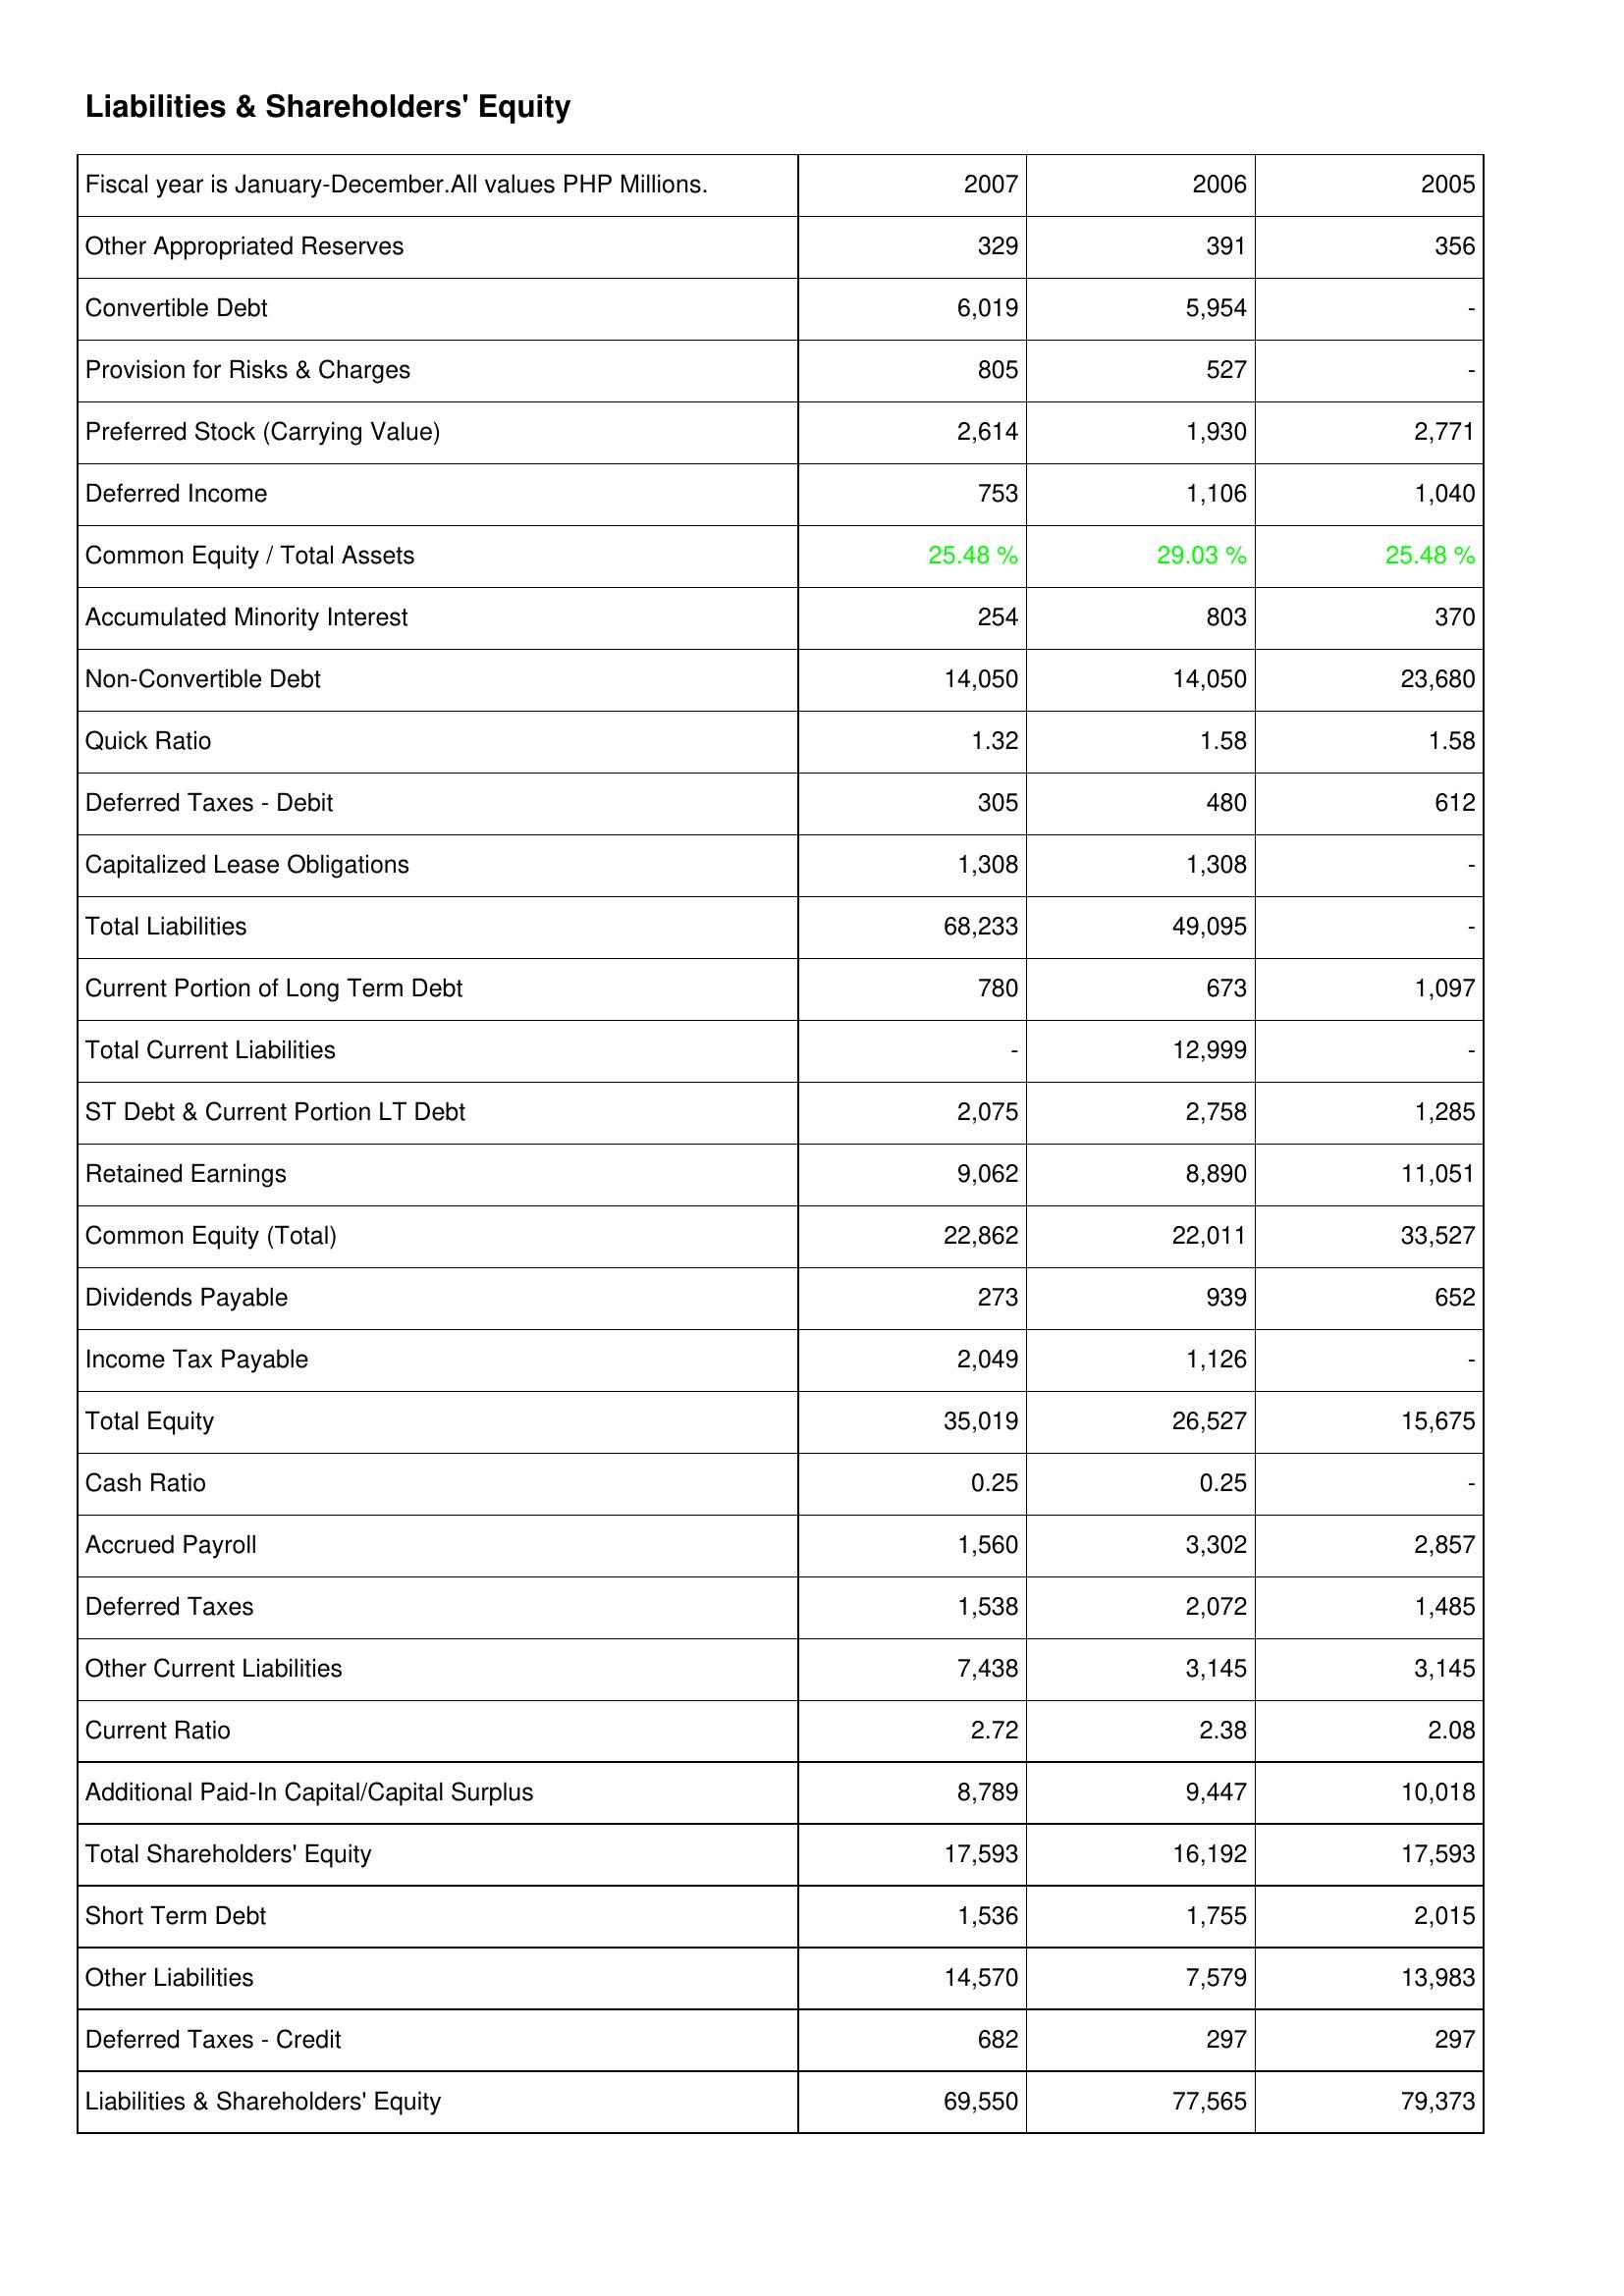
2007: Liabilities & Shareholders' Equity: Other Appropriated Reserves: 329
Convertible Debt: 6,019
Provision for Risks & Charges: 805
Preferred Stock (Carrying Value): 2,614
Deferred Income: 753
Common Equity / Total Assets: 25.48 %
Accumulated Minority Interest: 254
Non-Convertible Debt: 14,050
Quick Ratio: 1.32
Deferred Taxes - Debit: 305
Capitalized Lease Obligations: 1,308
Total Liabilities: 68,233
Current Portion of Long Term Debt: 780
Total Current Liabilities: -
ST Debt & Current Portion LT Debt: 2,075
Retained Earnings: 9,062
Common Equity (Total): 22,862
Dividends Payable: 273
Income Tax Payable: 2,049
Total Equity: 35,019
Cash Ratio: 0.25
Accrued Payroll: 1,560
Deferred Taxes: 1,538
Other Current Liabilities: 7,438
Current Ratio: 2.72
Additional Paid-In Capital/Capital Surplus: 8,789
Total Shareholders' Equity: 17,593
Short Term Debt: 1,536
Other Liabilities: 14,570
Deferred Taxes - Credit: 682
Liabilities & Shareholders' Equity: 69,550
2006: Liabilities & Shareholders' Equity: Other Appropriated Reserves: 391
Convertible Debt: 5,954
Provision for Risks & Charges: 527
Preferred Stock (Carrying Value): 1,930
Deferred Income: 1,106
Common Equity / Total Assets: 29.03 %
Accumulated Minority Interest: 803
Non-Convertible Debt: 14,050
Quick Ratio: 1.58
Deferred Taxes - Debit: 480
Capitalized Lease Obligations: 1,308
Total Liabilities: 49,095
Current Portion of Long Term Debt: 673
Total Current Liabilities: 12,999
ST Debt & Current Portion LT Debt: 2,758
Retained Earnings: 8,890
Common Equity (Total): 22,011
Dividends Payable: 939
Income Tax Payable: 1,126
Total Equity: 26,527
Cash Ratio: 0.25
Accrued Payroll: 3,302
Deferred Taxes: 2,072
Other Current Liabilities: 3,145
Current Ratio: 2.38
Additional Paid-In Capital/Capital Surplus: 9,447
Total Shareholders' Equity: 16,192
Short Term Debt: 1,755
Other Liabilities: 7,579
Deferred Taxes - Credit: 297
Liabilities & Shareholders' Equity: 77,565
2005: Liabilities & Shareholders' Equity: Other Appropriated Reserves: 356
Convertible Debt: -
Provision for Risks & Charges: -
Preferred Stock (Carrying Value): 2,771
Deferred Income: 1,040
Common Equity / Total Assets: 25.48 %
Accumulated Minority Interest: 370
Non-Convertible Debt: 23,680
Quick Ratio: 1.58
Deferred Taxes - Debit: 612
Capitalized Lease Obligations: -
Total Liabilities: -
Current Portion of Long Term Debt: 1,097
Total Current Liabilities: -
ST Debt & Current Portion LT Debt: 1,285
Retained Earnings: 11,051
Common Equity (Total): 33,527
Dividends Payable: 652
Income Tax Payable: -
Total Equity: 15,675
Cash Ratio: -
Accrued Payroll: 2,857
Deferred Taxes: 1,485
Other Current Liabilities: 3,145
Current Ratio: 2.08
Additional Paid-In Capital/Capital Surplus: 10,018
Total Shareholders' Equity: 17,593
Short Term Debt: 2,015
Other Liabilities: 13,983
Deferred Taxes - Credit: 297
Liabilities & Shareholders' Equity: 79,373